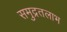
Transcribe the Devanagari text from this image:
समुद्रतलाभ